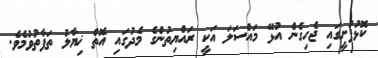
ކޮޅުފުށީގައި ޖެހިގެން އުޅޭ މައްސަލަ އަކީ ރައްޔިތުންގެ މެދުގައި އޮތް ޚިޔާލު ތަފާތުވުމެވެ.